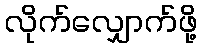
လိုက်လျှောက်ဖို့